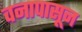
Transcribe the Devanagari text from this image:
वनापासून